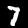
Label: 7